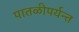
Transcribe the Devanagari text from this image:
पातळीपर्यन्त